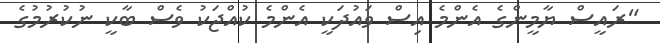
"ރައީސް ޔާމީންގެ އެންމެ އިސް ވައުދަކީ އެންމެ ކުއްޖަކު ވެސް ބާކީ ނުކުރުމުގެ